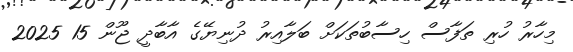
މިހާރު ހުރި ތަފާސް ހިސާބުތަކަށް ބަލާއިރު ދުނިޔޭގެ އާބާދީ ޖޫން 15 2025